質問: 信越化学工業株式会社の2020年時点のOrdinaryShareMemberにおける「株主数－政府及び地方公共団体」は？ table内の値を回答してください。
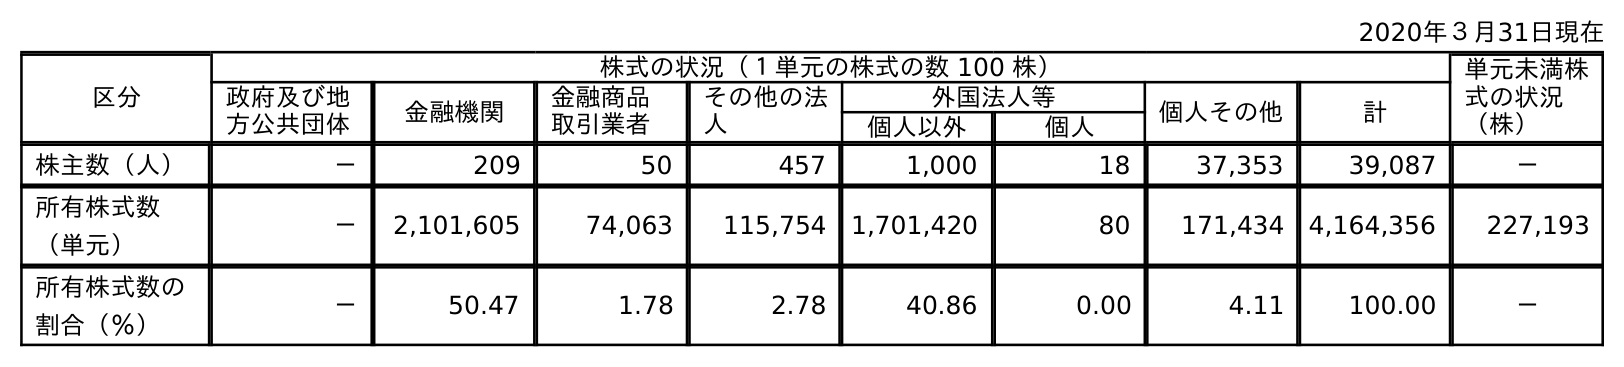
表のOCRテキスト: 2020年３月31日現在 区分 株式の状況（１単元の株式の数 100 株） 単元未満株 式の状況 （株） 政府及び地 方公共団体 金融機関 金融商品 取引業者 その他の法 人 外国法人等 個人その他 計 個人以外 個人 株主数（人） － 209 50 457 1,000 18 37,353 39,087 － 所有株式数 （単元） － 2,101,605 74,063 115,754 1,701,420 80 171,434 4,164,356 227,193 所有株式数の 割合（％） － 50.47 1.78 2.78 40.86 0.00 4.11 100.00 －
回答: －